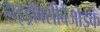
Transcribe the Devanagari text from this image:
हाइड्रॉक्सीबेंजोइक